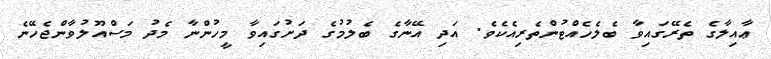
ޢާއިލާގެ ތެރޭގައިވާ ބެލެހެއްޓުންތެރިއެކެވެ. އަދި އޭނާގެ ބެލުމުގެ ދަށުގައިވާ މީހުންނާ މެދު މަސްއޫލުވާންޖެހޭނެ